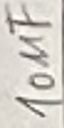
Text: 10µF